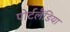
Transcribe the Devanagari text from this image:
पोर्टलैंडिया